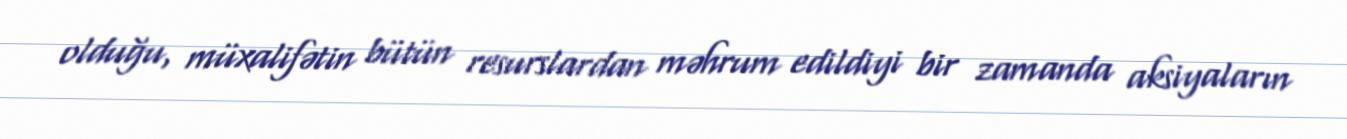
olduğu, müxalifətin bütün resurslardan məhrum edildiyi bir zamanda aksiyaların